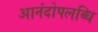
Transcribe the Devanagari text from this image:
आनंदोपलब्धि